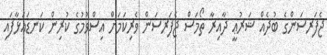
ޖެފަރސަންގެ ބުދެއް ޝަރުޢީ ދާއިރާ ތޯމަސް ޖެފަރސަން ވެރިކަމަށް އިސްވުމުގެ ކުރިން ކަނޑައަޅާފައި